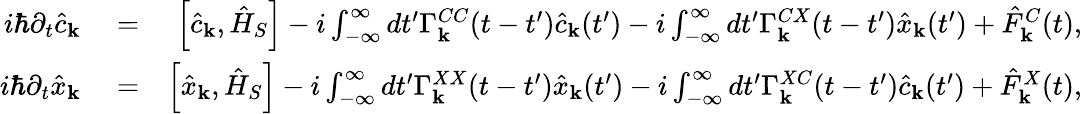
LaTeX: \begin{array}{rlr}{i\hbar\partial_{t}\hat{c}_{\mathbf k}}&{{}=}&{\left[\hat{c}_{\mathbf k},\hat{H}_{S}\right]-i\int_{-\infty}^{\infty}dt^{\prime}\Gamma_{\mathbf k}^{CC}(t-t^{\prime})\hat{c}_{\mathbf k}(t^{\prime})-i\int_{-\infty}^{\infty}dt^{\prime}\Gamma_{\mathbf k}^{CX}(t-t^{\prime})\hat{x}_{\mathbf k}(t^{\prime})+\hat{F}_{\mathbf k}^{C}(t),}\\ {i\hbar\partial_{t}\hat{x}_{\mathbf k}}&{{}=}&{\left[\hat{x}_{\mathbf k},\hat{H}_{S}\right]-i\int_{-\infty}^{\infty}dt^{\prime}\Gamma_{\mathbf k}^{XX}(t-t^{\prime})\hat{x}_{\mathbf k}(t^{\prime})-i\int_{-\infty}^{\infty}dt^{\prime}\Gamma_{\mathbf k}^{XC}(t-t^{\prime})\hat{c}_{\mathbf k}(t^{\prime})+\hat{F}_{\mathbf k}^{X}(t),}\end{array}